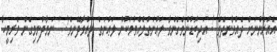
އެއުރެންނަށް ދެއްވާނދޭވެ ! އަދިބޮޑުންވެގެންވާ ލަޢުނަތްލެއްވުމަކުން ލަޢުނަތް ލައްވާދޭނވެ! " ނަމާދުނިމިގެން ވެރިމީހާ